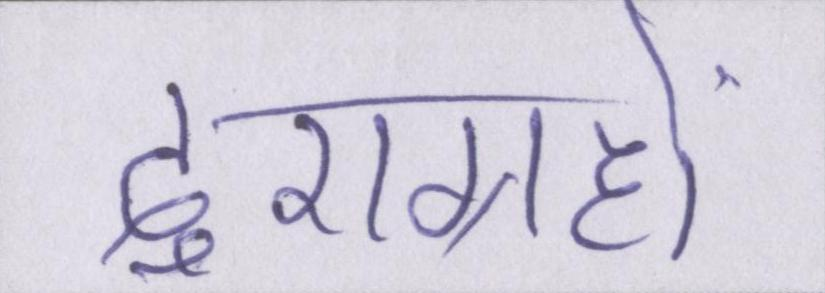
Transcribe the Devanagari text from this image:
दुराग्रहों